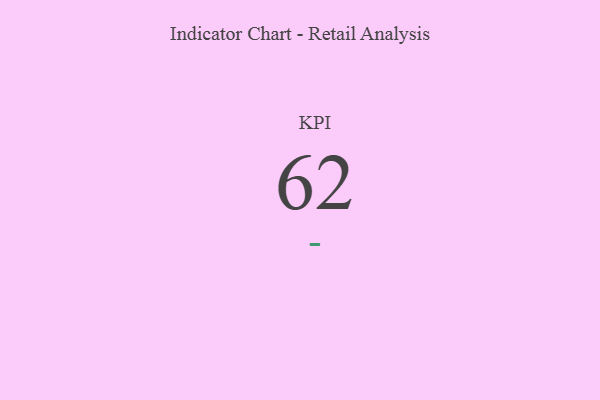
{"axis": {"x": "KPI", "y": "Value"}, "legend": [""], "data": [{"x": "KPI", "y": 62, "type": ""}]}